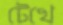
টেখে